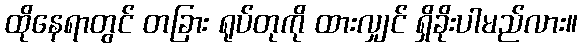
ထိုနေရာတွင် တခြား ရုပ်တုကို ထားလျှင် ရှိခိုးပါမည်လား။